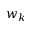
w _ { k }